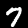
Digit: 7